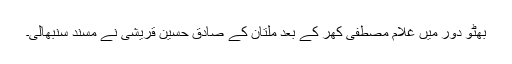
بھٹو دور میں غلام مصطفیٰ کھر کے بعد ملتان کے صادق حسین قریشی نے مسند سنبھالی۔